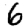
Digit: 6